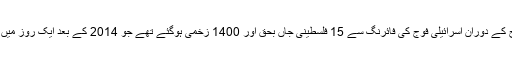
اسی روز غزہ کی پٹی میں سرحدی باڑ پر احتجاج کے دوران اسرائیلی فوج کی فائرنگ سے 15 فلسطینی جاں بحق اور 1400 زخمی ہوگئے تھے جو 2014 کے بعد ایک روز میں پیش آنے والے بدترین واقعات میں سے ایک ہے۔